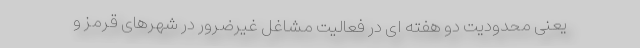
یعنی محدودیت دو هفته ای در فعالیت مشاغل غیرضرور در شهرهای قرمز و